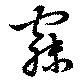
寐